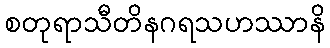
စတုရာသီတိနဂရသဟဿာနိ